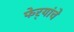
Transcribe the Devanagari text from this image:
फेर्‍यांचे